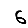
Digit: 6